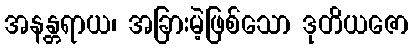
အနန္တရာယ၊ အခြားမဲ့ဖြစ်သော ဒုတိယဇော